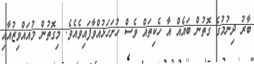
ބާރު ދިނުމުގެ ގޮތުން ބައެއް އާ ހެކިތައް ވެސް ހުށަހަޅުއްވާފައިވެއެވެ. މިގޮތުން މުއައްވިޒުއާއި